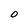
Character: 0